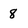
Character: 8